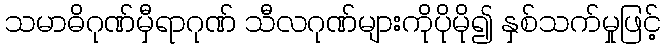
သမာဓိဂုဏ်မှီရာဂုဏ် သီလဂုဏ်များကိုပိုမို၍ နှစ်သက်မှုဖြင့်